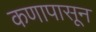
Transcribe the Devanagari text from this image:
कणापासून